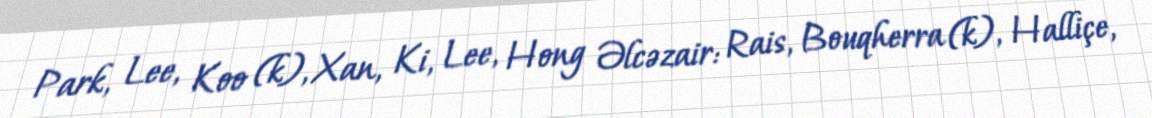
Park, Lee, Koo (k), Xan, Ki, Lee, Hong Əlcəzair: Rais, Bouqherra (k), Halliçe,